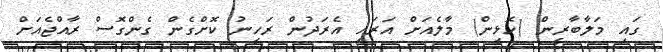
ގައި މަލާބާރީން (ހޮޅީން) މާލެއަށް އަރައި އެރަދުން ރަހީނު ކޮށްގެން ގެންގޮސް ރާއްޖެއަށް